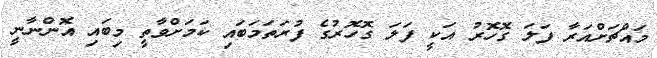
މައްޗަށްއަރާ ފަލަ ގޮހޮރު އަކީ ފަލަ ގޮހޮރުގެ ފުރަތަމަބައި ކަމަށްވާތީ މިބައި އޮންނާނީ